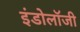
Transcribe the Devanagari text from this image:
इंडोलॉजी